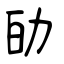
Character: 劰